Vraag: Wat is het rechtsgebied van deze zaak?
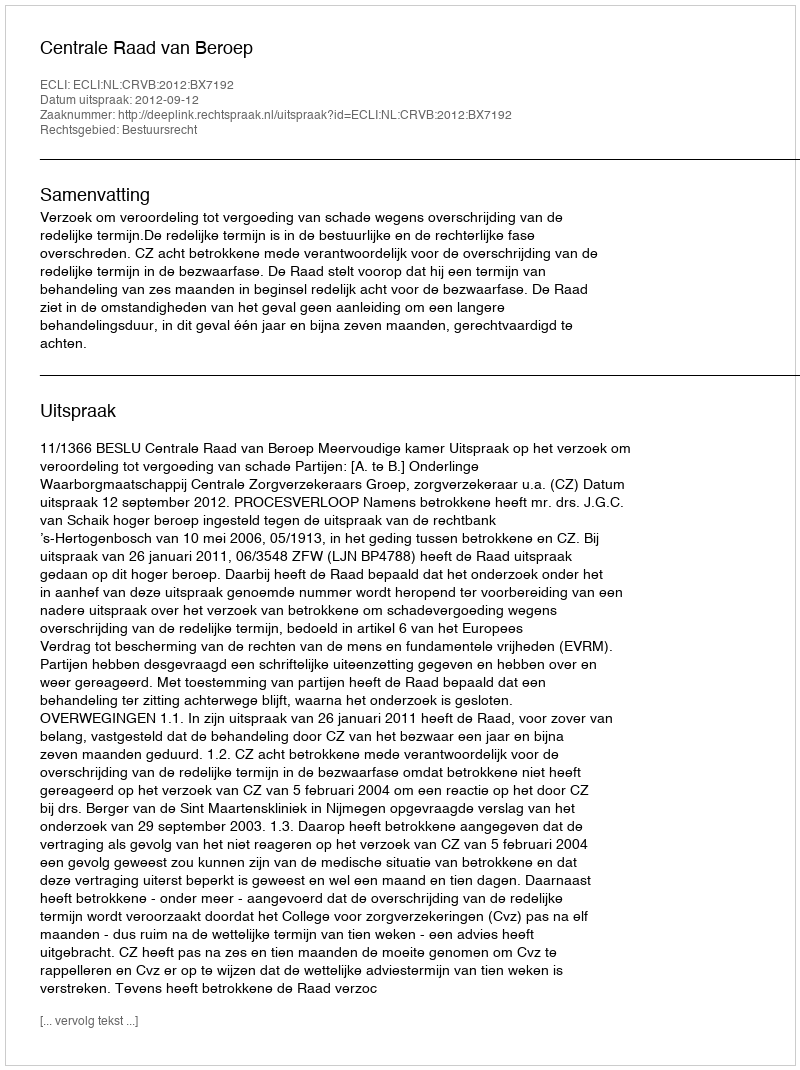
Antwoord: Bestuursrecht